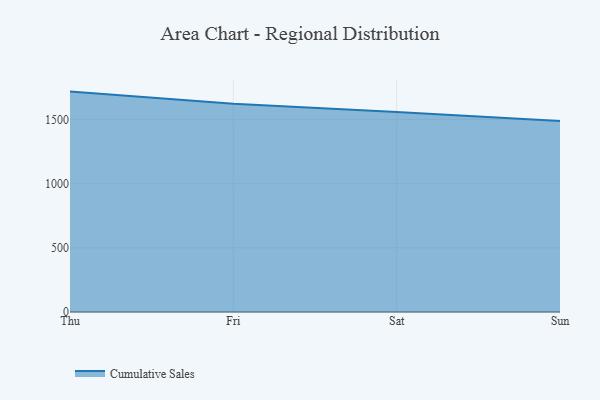
{"axis": {"x": "Day", "y": "Budget (USD K)"}, "legend": ["Cumulative Sales"], "data": [{"x": "Thu", "y": 1719.0, "type": "Cumulative Sales"}, {"x": "Fri", "y": 1623.3, "type": "Cumulative Sales"}, {"x": "Sat", "y": 1560.1, "type": "Cumulative Sales"}, {"x": "Sun", "y": 1490.2, "type": "Cumulative Sales"}]}